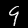
Digit: 9